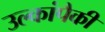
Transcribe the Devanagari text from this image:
उल्कांपैकी